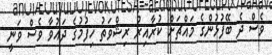
ވެސް ދެ ބޭފުޅުންގެ މައްޗަށް ކުރާއިރު ރިޝްވަތު ހިފުމުގެ ދައުވާ ވެސް ވަނީ